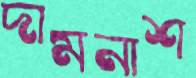
দামনাশ